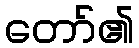
တော်၏